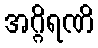
အဂ္ဂိရဏိ